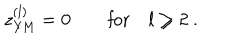
z _ { \mathrm { Y M } } ^ { ( l ) } = 0 \qquad \mathrm { f o r } \quad l \geq 2 \ .